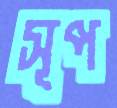
সূপ